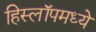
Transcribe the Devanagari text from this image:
हिस्लॉपमध्ये